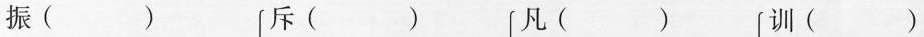
振( ) 斥( ) 凡( ) 训( )